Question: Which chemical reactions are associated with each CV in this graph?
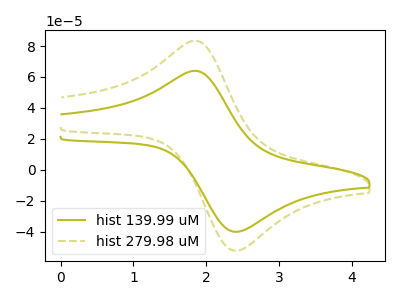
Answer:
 <answer>The olive curve is labeled "hist 139.99 uM". The olive dashed curve is labeled "hist 279.98 uM".</answer>
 <eval></eval>